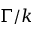
\Gamma / k